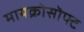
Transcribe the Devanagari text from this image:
मायक्रोसॊफ्ट